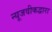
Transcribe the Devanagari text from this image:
न्यूजवीकद्वारा